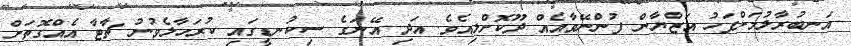
އަނބުރާލުމަށްފަހު އަޒްޔާން ފުންނޭވާއެއް ދޫކޮށްލިއެވެ. އަދި އޭނަގެ ސިކުނޑީގައި ކުރަހާލެވުނު ޗާޓާ އެއްގޮތަށް